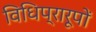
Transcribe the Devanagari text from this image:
विधिप्रारूपों